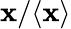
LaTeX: \mathbf{x}/\langle\mathbf{x}\rangle